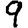
Digit: 9